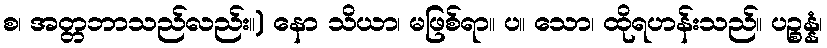
စ၊ အတ္တဘာသည်လည်း။) နော သိယာ၊ မဖြစ်ရာ။ ပ။ သော၊ ထိုရဟန်းသည်။ ပဉ္စန္နံ၊